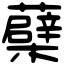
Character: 蘗